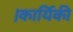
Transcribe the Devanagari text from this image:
।कार्यिकी